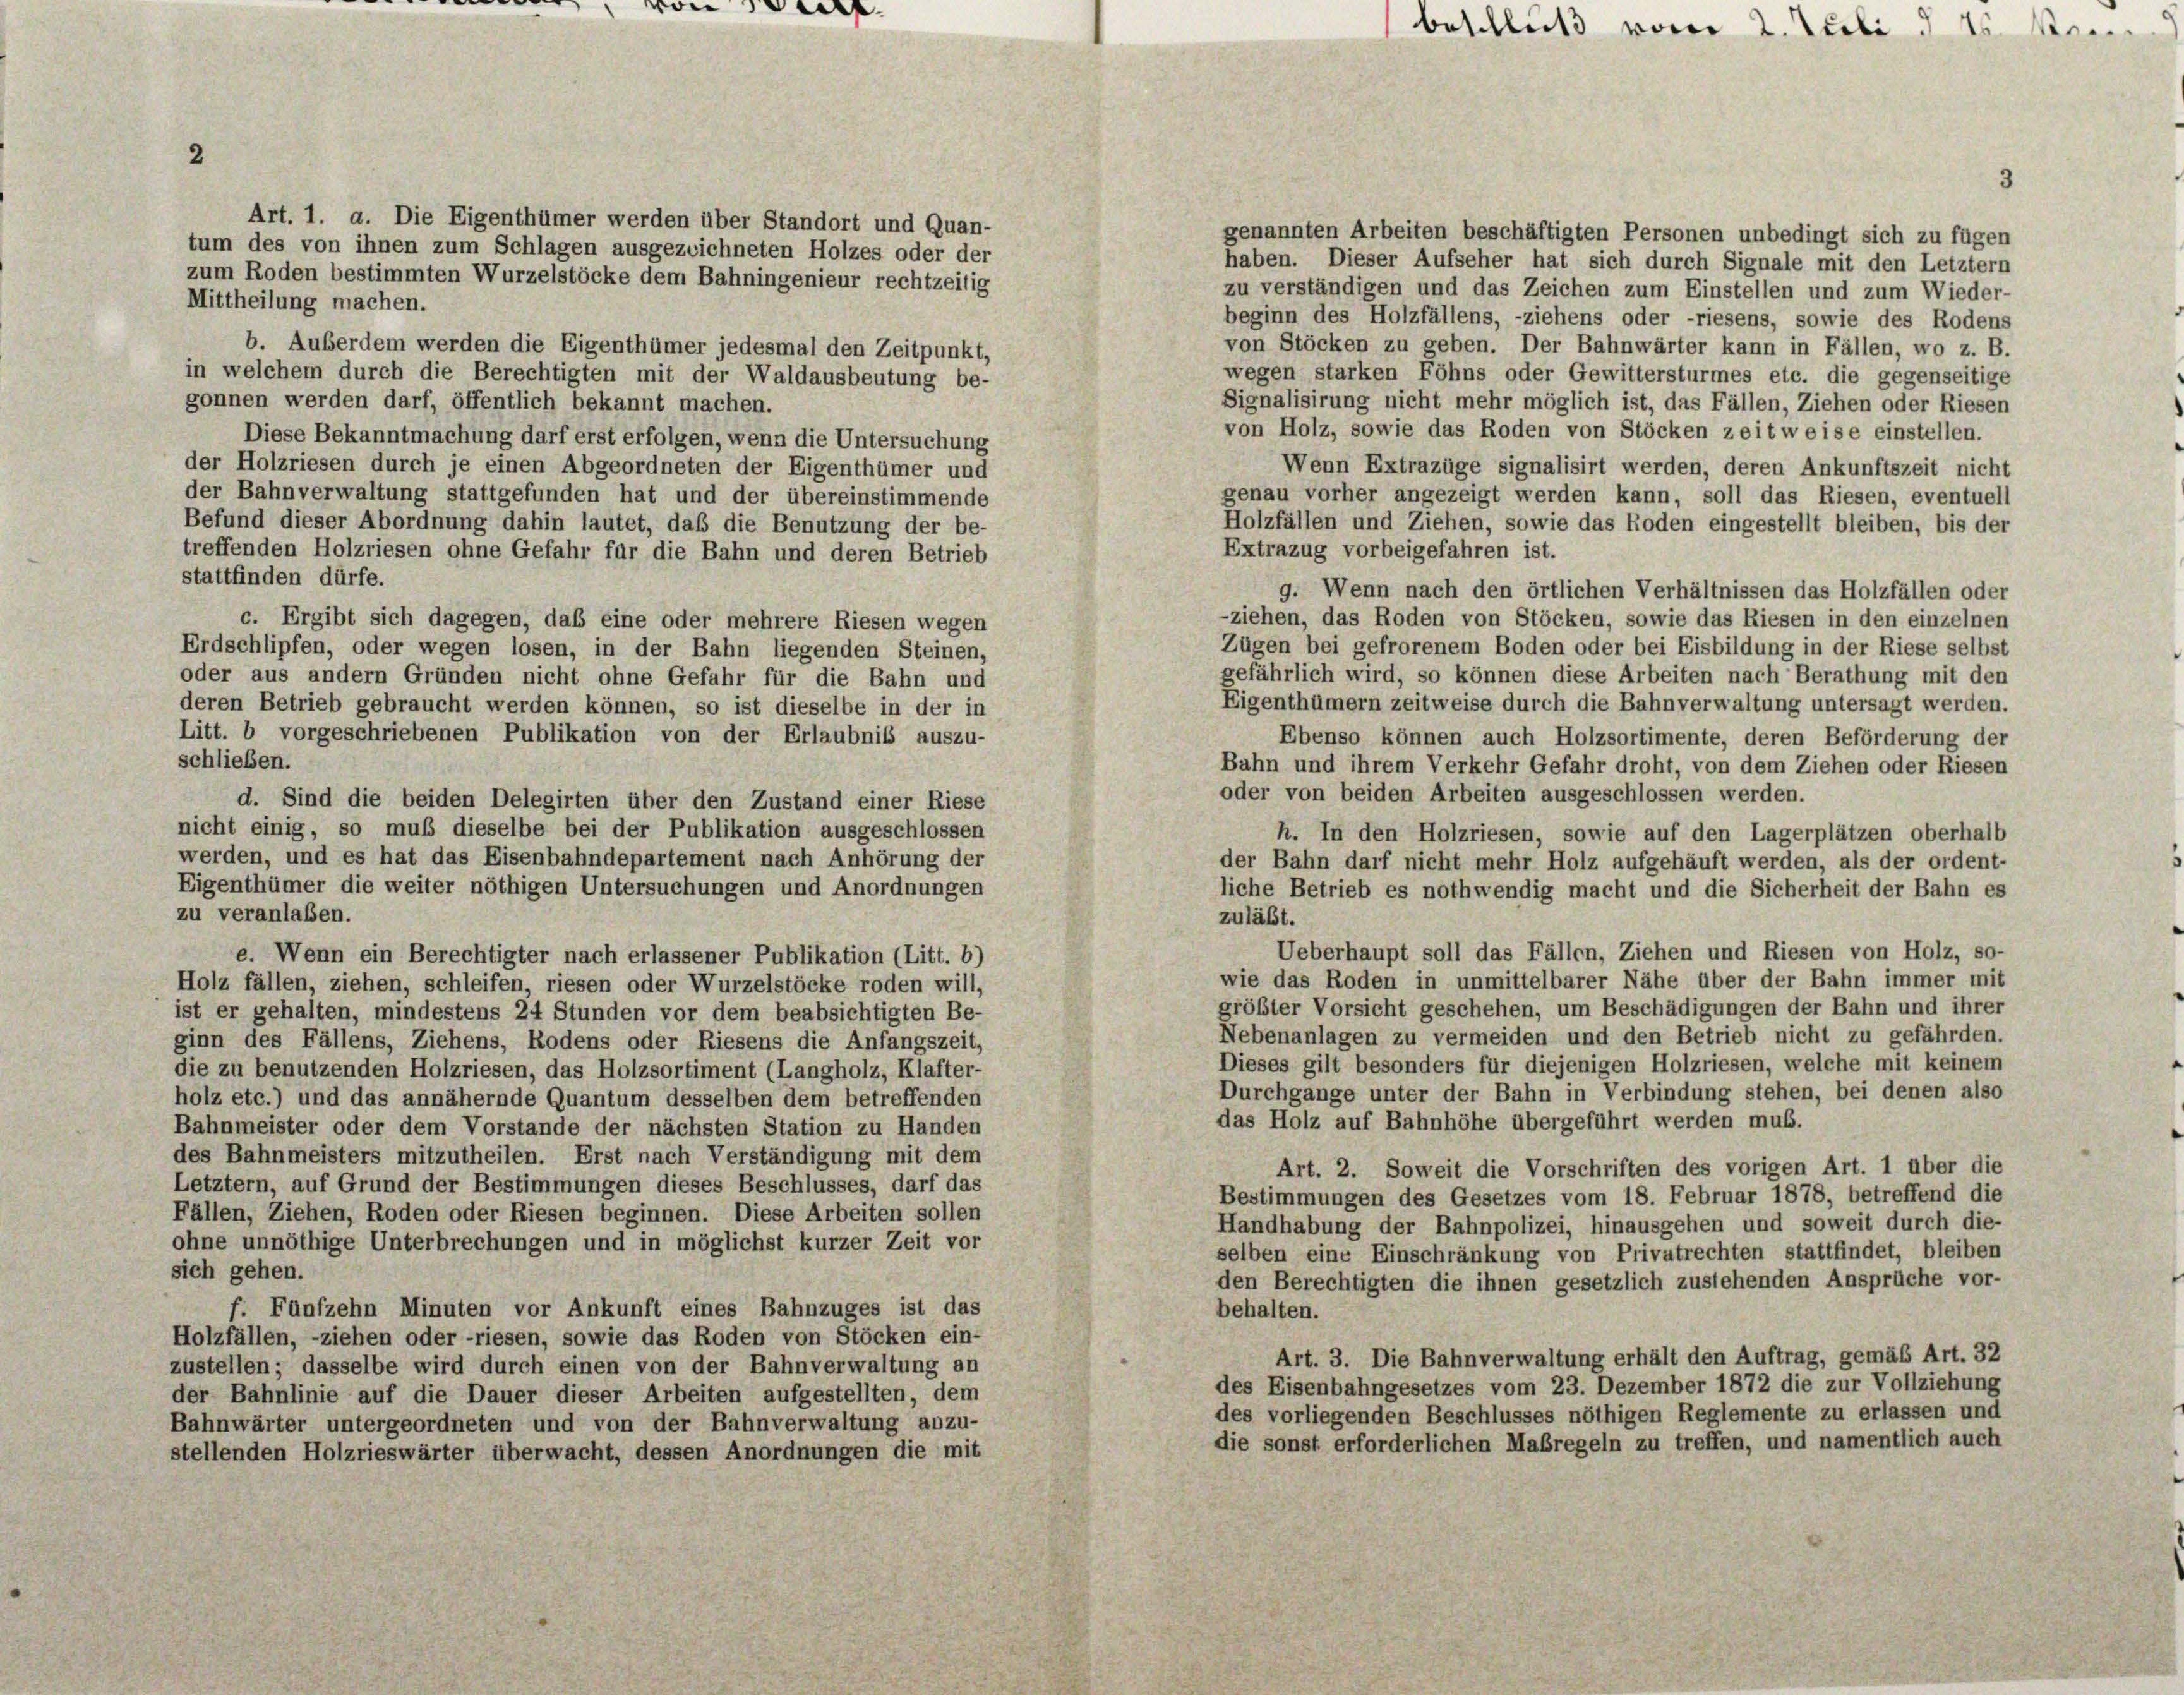
e

Art. 1. a. Die Eigenthümer werden über Standort und Quan-
tum des von ihnen zum Splügen ausgezeichneten Holzes oder der
zum Roden bestimmten Wurzelstöcke dem Bahningenieur rechtzeitig
Mittheilung machen.
b. Außerdem werden die Eigenthümer jedesmal den Zeitpunkt,
in welchem durch die Berechtigten mit der Waldausbeutung be-
gonnen werden darf, öffentlich bekannt machen.
Diese Bekanntmachung darf erst erfolgen, wenn die Untersuchung
der Holzriesen durch je einen Abgeordneten der Eigenthümer und
der Bahnverwaltung stattgefunden hat und der übereinstimmende
Befund dieser Abordnung dahin lautet, daß die Benutzung der be-
Holzfällen und Ziehen, sowie das Roden eingestellt bleiben, bis der
Extrazug vorbeigefahren ist.
treffenden Holzriesen ohne Gefahr für die Bahn und deren Betrieb
stattfinden dürfe.
9. Wenn nach den örtlichen Verhältnissen das Holzfällen oder
ziehen, das Roden von Stöcken, sowie das Riesen in den einzelnen
c. Ergibt sich dagegen, daß eine oder mehrere Riesen wegen
Zügen bei gefrorenem Boden oder bei Eisbildung in der Riese selbst
Erdschlipfen, oder wegen losen, in der Bahn liegenden Steinen,
gefährlich wird, so können diese Arbeiten nach Berathung mit den
oder aus andern Gründen nicht ohne Gefahr für die Bahn und
Eigenthümern zeitweise durch die Bahnverwaltung untersagt werden.
deren Betrieb gebraucht werden können, so ist dieselbe in der in
Litt. b vorgeschriebenen Publikation von der Erlaubnis auszu-
Ebenso können auch Holzsortimente, deren Beförderung der
schließen.
Bahn und ihrem Verkehr Gefahr droht, von dem Ziehen oder Riesen
oder von beiden Arbeiten ausgeschlossen werden.
d. Sind die beiden Delegirten über den Zustand einer Riese
nicht einig, so muß dieselbe bei der Publikation ausgeschlossen
h. In den Holzriesen, sowie auf den Lagerplätzen oberhalb
werden, und es hat das Eisenbahndepartement nach Anhörung der
der Bahn darf nicht mehr Holz aufgehäuft werden, als der ordent-
Eigenthümer die weiter nöthigen Untersuchungen und Anordnungen
liche Betrieb es nothwendig macht und die Sicherheit der Bahn es
zu veranlaßen.
zuläßt.
Ueberhaupt soll das Fällen, Ziehen und Riesen von Holz, so-
e. Wenn ein Berechtigter nach erlassener Publikation (Litt. b)
wie das Roden in unmittelbarer Nähe über der Bahn immer mit
Holz fällen, ziehen, schleifen, riesen oder Wurzelstöcke roden will,
größter Vorsicht geschehen, um Beschädigungen der Bahn und ihrer
ist er gehalten, mindestens 24 Stunden vor dem beabsichtigten Be-
Nebenanlagen zu vermeiden und den Betrieb nicht zu gefährden.
ginn des Fällens, Ziehens, Rodens oder Riesens die Anfangszeit,
Dieses gilt besonders für diejenigen Holzriesen, welche mit keinem
die zu benutzenden Holzriesen, das Holzsortiment (Langholz, Klafter-
Durchgange unter der Bahn in Verbindung stehen, bei denen also
holz etc.) und das annähernde Quantum desselben dem betreffenden
das Holz auf Bahnhöhe übergeführt werden muß.
Bahnmeister oder dem Vorstande der nächsten Station zu Handen
des Bahnmeisters mitzutheilen. Erst nach Verständigung mit dem
Art. 2. Soweit die Vorschriften des vorigen Art. 1 über die
Letztern, auf Grund der Bestimmungen dieses Beschlusses, darf das
Bestimmungen des Gesetzes vom 18. Februar 1878, betreffend die
Fällen, Ziehen, Roden oder Riesen beginnen. Diese Arbeiten sollen
Handhabung der Bahnpolizei, hinausgehen und soweit durch die-
ohne unnöthige Unterbrechungen und in möglichst kurzer Zeit vor
selben eine Einschränkung von Privatrechten stattfindet, bleiben
sich gehen.
den Berechtigten die ihnen gesetzlich zustehenden Ansprüche vor-
f. Fünfzehn Minuten vor Ankunft eines Bahnzuges ist das
behalten.
Holzfällen, ziehen oder riesen, sowie das Roden von Stöcken ein-
Art. 3. Die Bahnverwaltung erhält den Auftrag, gemäß Art. 32
zustellen; dasselbe wird durch einen von der Bahnverwaltung an
des Eisenbahngesetzes vom 23. Dezember 1872 die zur Vollziehung
der Bahnlinie auf die Dauer dieser Arbeiten aufgestellten, dem
des vorliegenden Beschlusses nöthigen Reglemente zu erlassen und
Bahnwärter untergeordneten und von der Bahnverwaltung anzu-
die sonst erforderlichen Maßregeln zu treffen, und namentlich auch
stellenden Holzrieswärter überwacht, dessen Anordnungen die mit

....
beschluß vom 2. Juli 1

genannten Arbeiten beschäftigten Personen unbedingt sich zu fügen
haben. Dieser Aufseher hat sich durch Signale mit den Letztern
zu verständigen und das Zeichen zum Einstellen und zum Wieder-
beginn des Holzfällens, ziehens oder riesens, sowie des Rodens
von Stöcken zu geben. Der Bahnwärter kann in Fällen, wo z. B.
wegen starken Föhns oder Gewittersturmes etc. die gegenseitige
Signalisirung nicht mehr möglich ist, das Fällen, Ziehen oder Riesen
von Holz, sowie das Roden von Stöcken zeit weise einstellen.
Wenn Extrazüge signalisirt werden, deren Ankunftszeit nicht
genau vorher angezeigt werden kann, soll das Riesen, eventuell